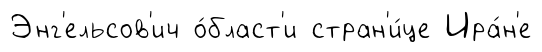
Энг'ельсов'ич о́бласт'и стран'и́це Ира́н'е